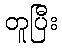
တူပြီး